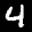
Label: 4